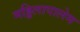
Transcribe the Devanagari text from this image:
मड्डिलापालेम